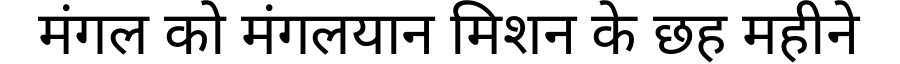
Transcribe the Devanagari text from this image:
मंगल को मंगलयान मिशन के छह महीने